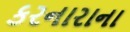
કરનારાના